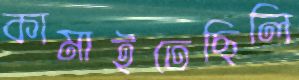
কামাইতেছিলি